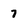
Character: 7